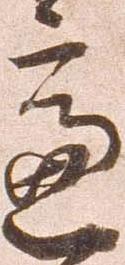
慮